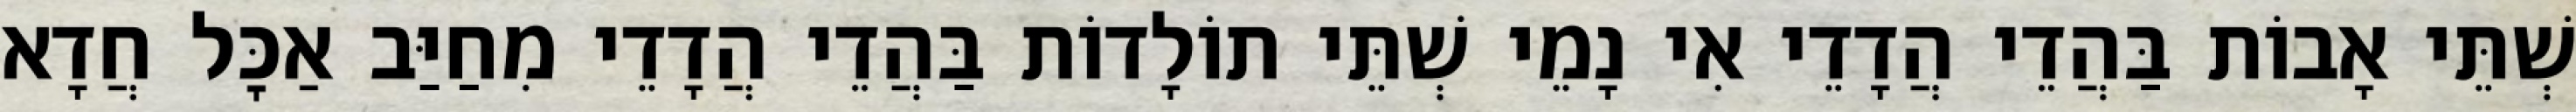
שְׁתֵּי אָבוֹת בַּהֲדֵי הֲדָדֵי אִי נָמֵי שְׁתֵּי תוֹלָדוֹת בַּהֲדֵי הֲדָדֵי מִחַיַּב אַכׇּל חֲדָא